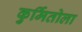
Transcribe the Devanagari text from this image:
कुर्मितोला